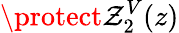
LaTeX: \protect\mathcal{Z}_{2}^{V}(z)